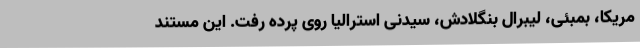
مریکا، بمبئی، لیبرال بنگلادش‌، سیدنی استرالیا روی پرده رفت. این مستند